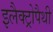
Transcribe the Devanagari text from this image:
इलैक्ट्रोपैथी